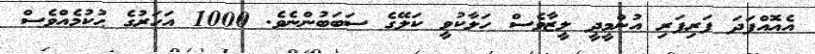
އެއޮއްފަދަ ފަރިފަރި އުންމީދީ ލީޒާވެސް ހަލާކުވީ ކަލޭގެ ސަބަބުންނެވެ. 1000 އަހަރުގެ ޙުކުމެއްވެސް